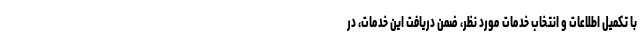
با تکمیل اطلاعات و انتخاب خدمات مورد نظر، ضمن دریافت این خدمات، در